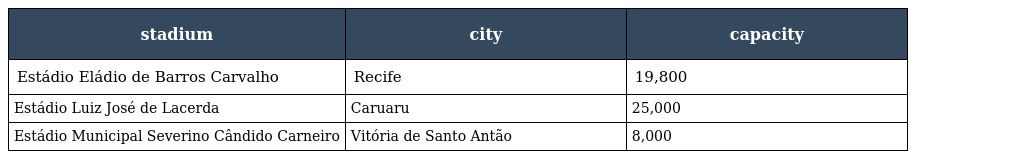
| stadium | city | capacity |
 | --- | --- | --- |
 | Estádio Eládio de Barros Carvalho | Recife | 19,800 |
 | Estádio Luiz José de Lacerda | Caruaru | 25,000 |
 | Estádio Municipal Severino Cândido Carneiro | Vitória de Santo Antão | 8,000 |